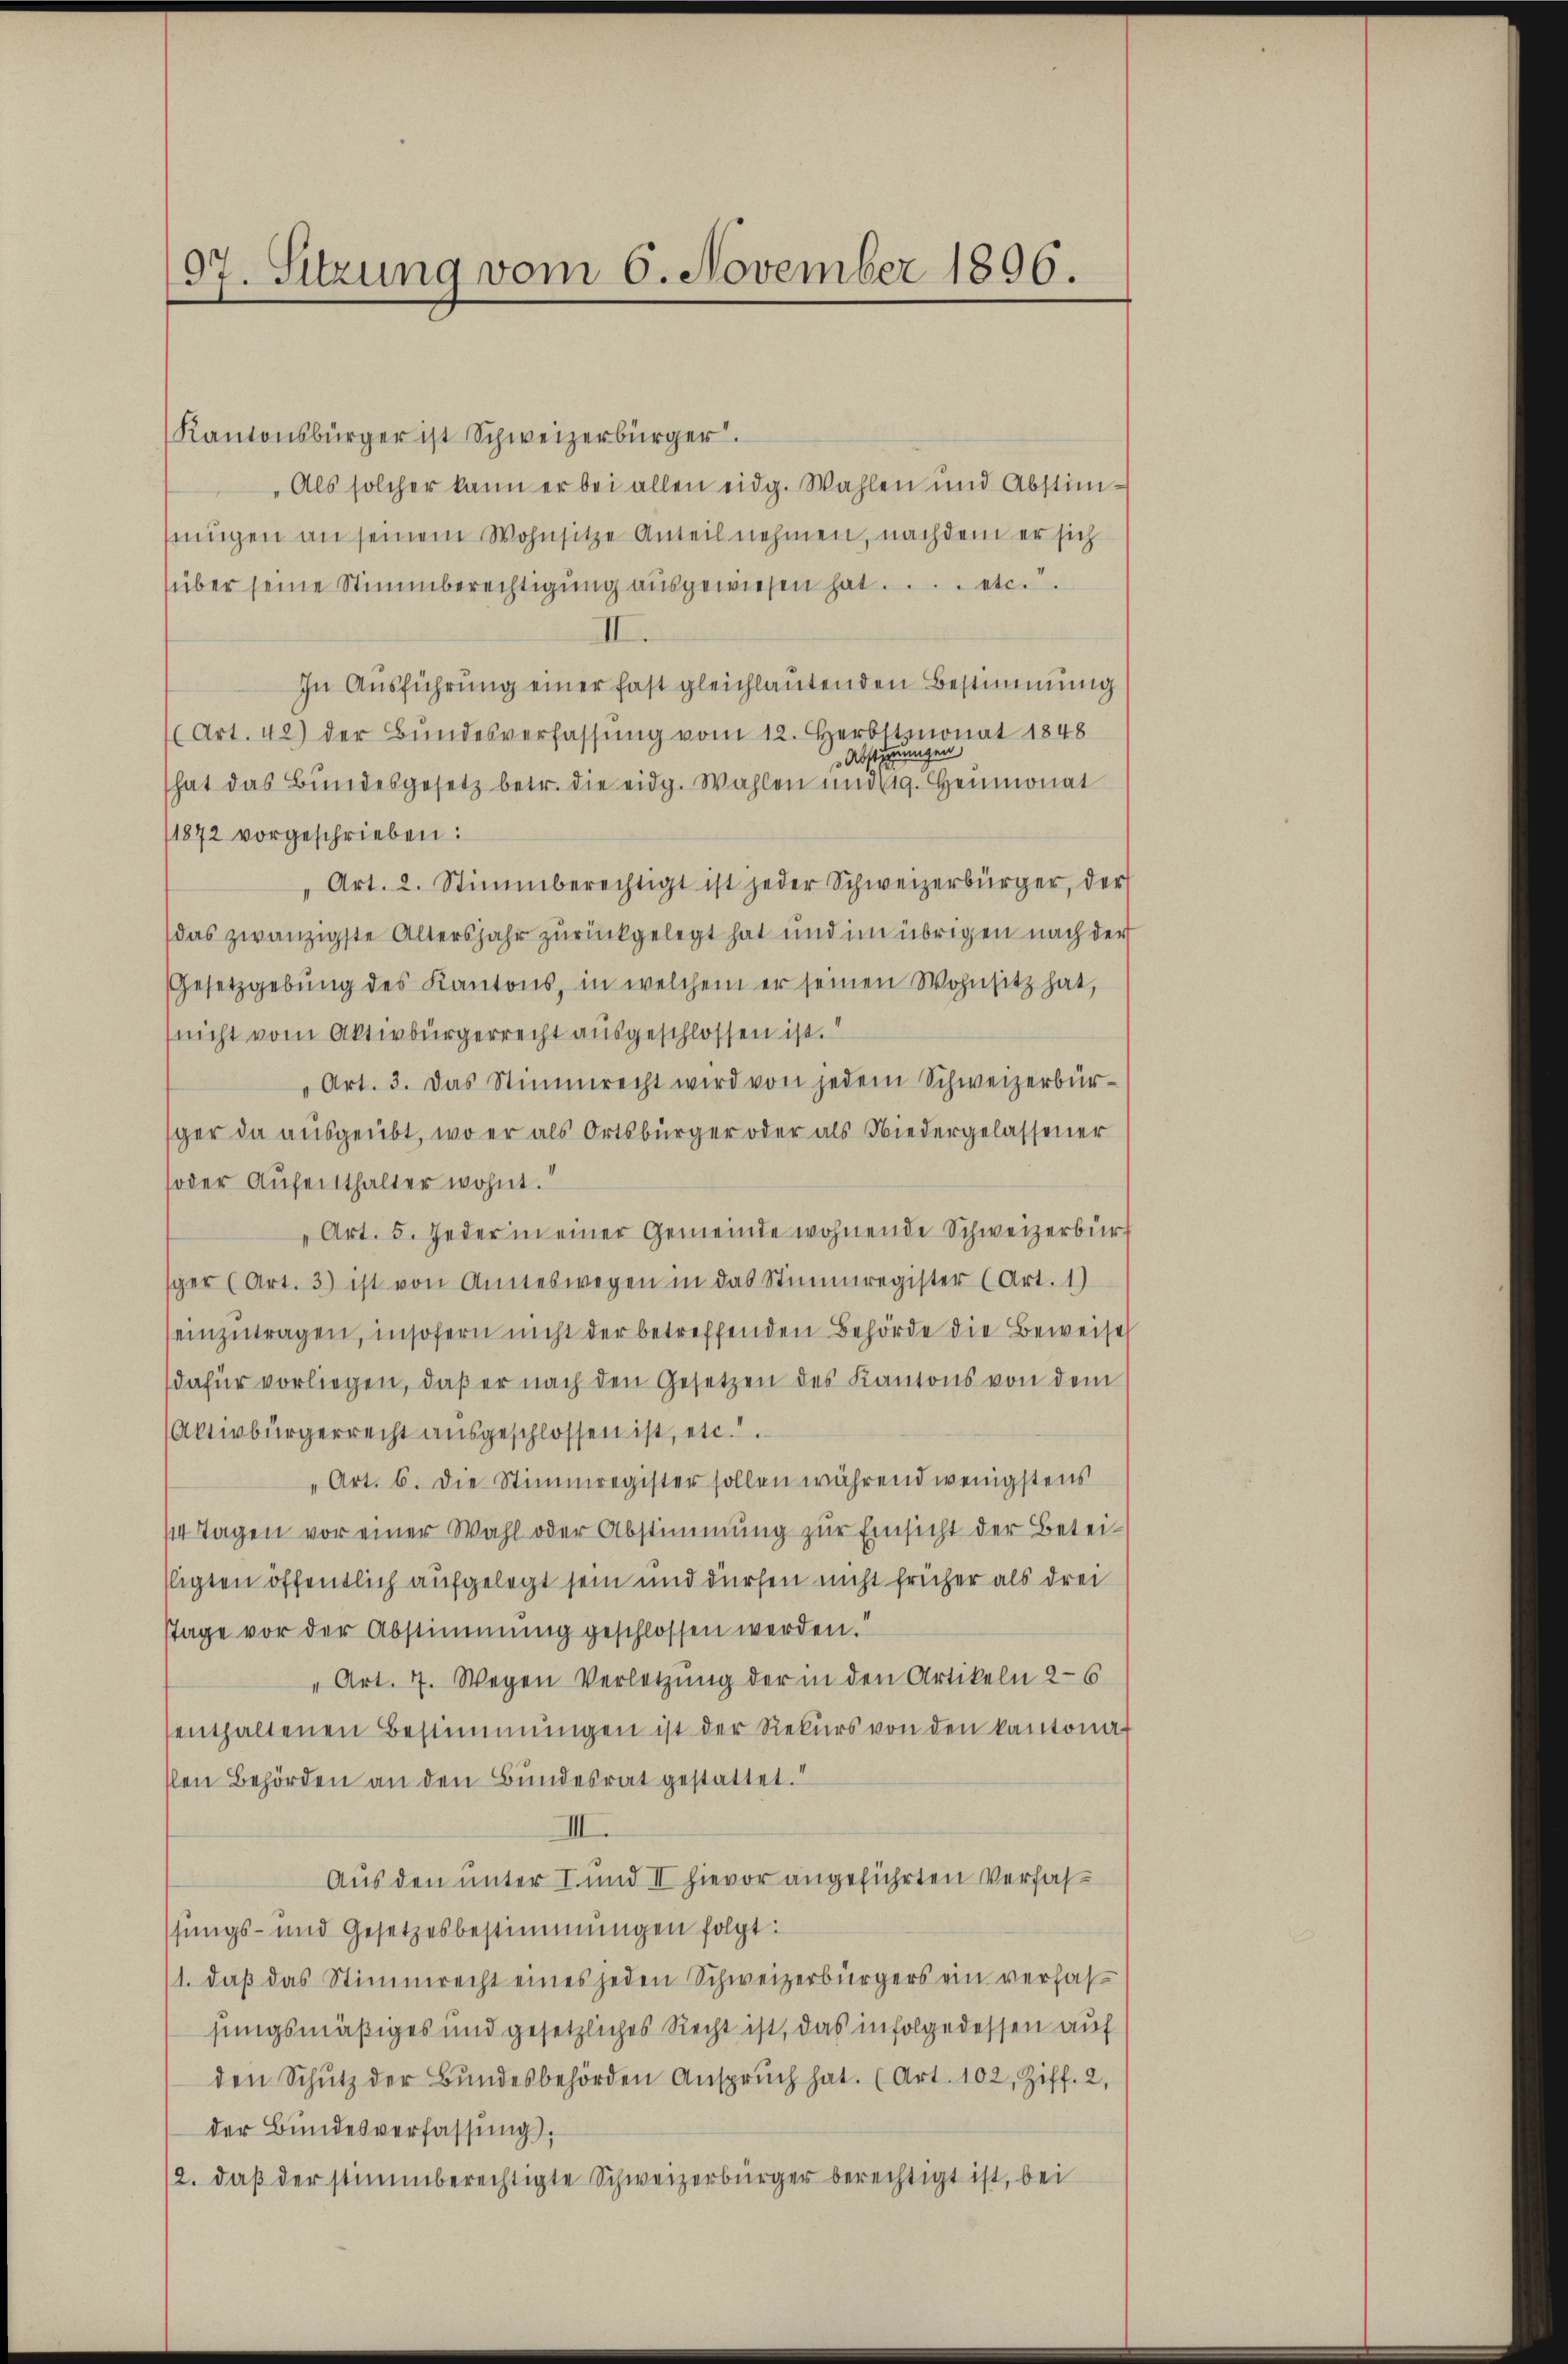
97. Sitzung vom 6. November 1896.

Kantonsbürger ist Schweizerbürger.
Als solcher kann er bei allen eidg. Wahlen und Abstim-
nngen an seinem Wohnsitze Anteil nehmen, nachdem er sich
über seine Stimmberechtigung ausgewiesen hatt
II.
In Ausführung einer fast gleichlautenden Bestimmung
(Art. 42) der Bŭndesverfassŭng vom 12. Herbstmonat 1848
Abstimmungen
hat das Bundesgesetz betr. die eidg. Wahlen und 19. Heumonat
11872 vorgeschrieben:
Art. 2. Stimmberechtigt ist jeder Schweizerbürger, der
das zwanzigste Altersjahr zurückgelegt hat und im übrigen nach der
Gesetzgebŭng des Kantons, in welchem er seinen Wohnsitz hat,
(nicht vom Aktivbürgerrecht ausgeschlossen ist.“
"Art. 3. Das Stimmrecht wird von jedem Schweizerbür-
ger da ausgeübt, wo er als Ortsbürger oder als Niedergelassener
soder Aufenthalter wohnt.
„Art. 5. Jeder in einer Gemeinde wohnende Schweizerbürf
sger (Art. 3) ist von Anneswegen in das Stimmregister (Art. 1)
einzutragen, insofern nicht der betreffenden Behörde die Beweise
dafür vorliegen, daβ er nach den Gesetzen des Kantons von dem
Aktivbürgerrecht ausgeschlossen ist, etc.
"Art. 6. die Stimmregister sollen während wenigstens
114 Tagen vor einer Wahl oder Abstimmung zur Einsicht der Beteilligten öffentlich aufgelegt sein und dürfen nicht früher als drei
stage vor der Abstimmung geschlossen werden.“
" Art. 7. Wegen Verletzung der in den Artikeln 2-6
senthaltenen Bestimmungen ist der Rekurs von den kantona
slen Behörden an den Bundesrat gestattet.
III.
Aus den unter I und II hievor angeführten Verfasfungs- und Gesetzesbestimmungen folgt:
1. daβ das Stimmrecht eines jeden Schweizerbürgers ein verfas
hungsmäßiges und gesetzliches Recht ist, das infolge dessen auf
den Schŭtz der Bŭndesbehörden Ansprŭch hat. (Art. 102, Ziff. 2,
der Bundesverfassŭng.
12. daβ der stimmberechtigte Schweizerbürger berechtigt ist, bei